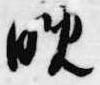
晩